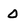
Character: 0